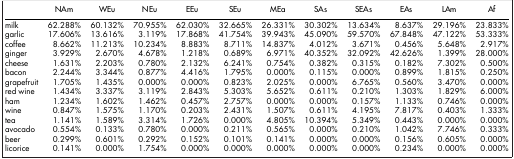
<table><thead><tr><td><b> </b></td><td><b>NAm</b></td><td><b>WEu</b></td><td><b>NEu</b></td><td><b>EEu</b></td><td><b>SEu</b></td><td><b>MEa</b></td><td><b>SAs</b></td><td><b>SEAs</b></td><td><b>EAs</b></td><td><b>LAm</b></td><td><b>Af</b></td></tr></thead><tbody><tr><td>milk</td><td>62.288%</td><td>60.132%</td><td>70.955%</td><td>62.030%</td><td>32.665%</td><td>26.331%</td><td>30.302%</td><td>13.634%</td><td>8.637%</td><td>29.196%</td><td>23.833%</td></tr><tr><td>garlic</td><td>17.606%</td><td>13.616%</td><td>3.119%</td><td>17.868%</td><td>41.754%</td><td>39.943%</td><td>45.090%</td><td>59.570%</td><td>67.848%</td><td>47.122%</td><td>53.333%</td></tr><tr><td>coffee</td><td>8.662%</td><td>11.213%</td><td>10.234%</td><td>8.883%</td><td>8.711%</td><td>14.837%</td><td>4.012%</td><td>3.671%</td><td>0.456%</td><td>5.648%</td><td>2.917%</td></tr><tr><td>ginger</td><td>3.929%</td><td>2.670%</td><td>4.678%</td><td>1.218%</td><td>0.689%</td><td>6.971%</td><td>40.352%</td><td>32.092%</td><td>42.626%</td><td>1.399%</td><td>28.000%</td></tr><tr><td>cheese</td><td>1.631%</td><td>2.203%</td><td>0.780%</td><td>2.132%</td><td>6.241%</td><td>0.754%</td><td>0.382%</td><td>0.315%</td><td>0.182%</td><td>7.302%</td><td>0.500%</td></tr><tr><td>bacon</td><td>2.244%</td><td>3.344%</td><td>0.877%</td><td>4.416%</td><td>1.795%</td><td>0.000%</td><td>0.115%</td><td>0.000%</td><td>0.899%</td><td>1.815%</td><td>0.250%</td></tr><tr><td>grapefruit</td><td>1.705%</td><td>1.435%</td><td>0.000%</td><td>0.000%</td><td>0.823%</td><td>2.025%</td><td>0.000%</td><td>6.765%</td><td>0.560%</td><td>3.470%</td><td>0.000%</td></tr><tr><td>red wine</td><td>1.434%</td><td>3.337%</td><td>3.119%</td><td>2.843%</td><td>5.303%</td><td>5.652%</td><td>0.611%</td><td>0.210%</td><td>1.303%</td><td>1.829%</td><td>6.000%</td></tr><tr><td>ham</td><td>1.234%</td><td>1.602%</td><td>1.462%</td><td>0.457%</td><td>2.757%</td><td>0.000%</td><td>0.000%</td><td>0.157%</td><td>1.133%</td><td>0.746%</td><td>0.000%</td></tr><tr><td>wine</td><td>0.847%</td><td>1.575%</td><td>1.170%</td><td>0.203%</td><td>2.431%</td><td>1.507%</td><td>0.611%</td><td>4.195%</td><td>7.817%</td><td>0.403%</td><td>1.333%</td></tr><tr><td>tea</td><td>1.141%</td><td>1.589%</td><td>3.314%</td><td>1.726%</td><td>0.000%</td><td>4.805%</td><td>10.394%</td><td>5.349%</td><td>0.443%</td><td>0.000%</td><td>0.000%</td></tr><tr><td>avocado</td><td>0.554%</td><td>0.133%</td><td>0.780%</td><td>0.000%</td><td>0.211%</td><td>0.565%</td><td>0.000%</td><td>0.210%</td><td>1.042%</td><td>7.746%</td><td>0.333%</td></tr><tr><td>beer</td><td>0.299%</td><td>0.601%</td><td>0.292%</td><td>0.152%</td><td>0.101%</td><td>0.141%</td><td>0.000%</td><td>0.000%</td><td>0.156%</td><td>0.605%</td><td>0.000%</td></tr><tr><td>licorice</td><td>0.141%</td><td>0.000%</td><td>1.754%</td><td>0.000%</td><td>0.000%</td><td>0.000%</td><td>0.000%</td><td>0.000%</td><td>0.234%</td><td>0.000%</td><td>0.000%</td></tr></tbody></table>